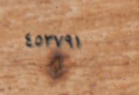
٤٥٣٧٩١